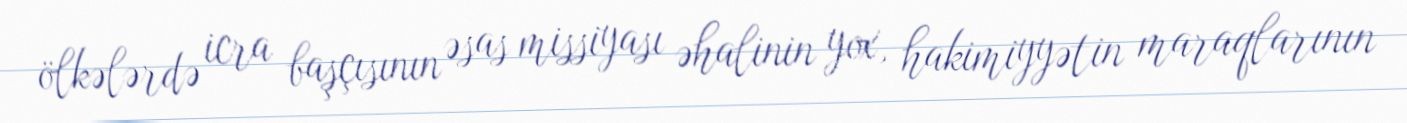
ölkələrdə icra başçısının əsas missiyası əhalinin yox, hakimiyyətin maraqlarının